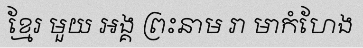
ខ្មែរ មួយ អង្គ ព្រះនាម រា មាកំហែង